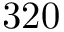
3 2 0